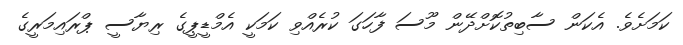
ކަމަށެވެ. އެކަން ސާބިތުކޮށްދޭން މޫސަ ފާހަގަ ކުރެއްވި ކަމަކީ އެމްޑީޕީގެ ރިޔާސީ ޕްރައިމަރީގެ